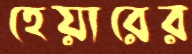
হেয়ারের